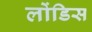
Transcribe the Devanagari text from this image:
लोंडिस